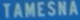
TAMESHÀ